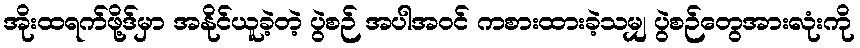
အိုးထရက်ဖို့ဒ်မှာ အနိုင်ယူခဲ့တဲ့ ပွဲစဉ် အပါအဝင် ကစားထားခဲ့သမျှ ပွဲစဉ်တွေအားလုံးကို